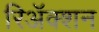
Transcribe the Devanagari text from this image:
रिअॅक्शन